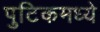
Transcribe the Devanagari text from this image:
पुटिकमध्ये